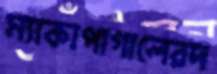
ম্যাকাপাগালেরদ